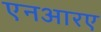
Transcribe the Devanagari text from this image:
एनआरए